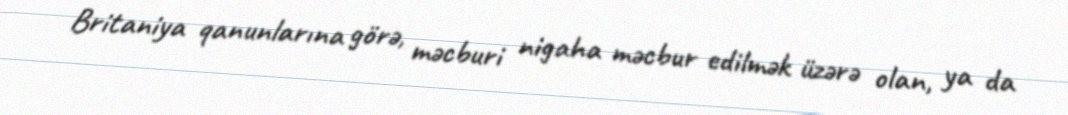
Britaniya qanunlarına görə, məcburi nigaha məcbur edilmək üzərə olan, ya da